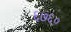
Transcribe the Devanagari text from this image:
६७६०